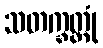
သတက္ခတ္တုံ